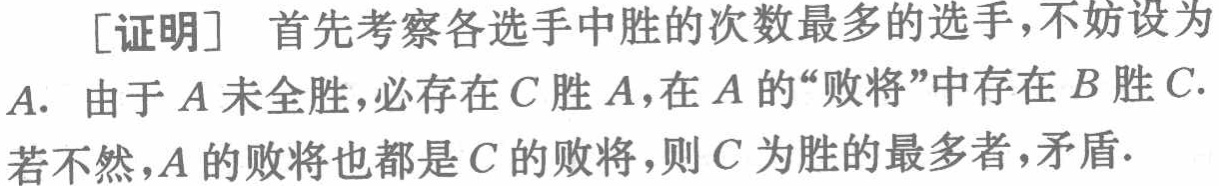
[证明] 首先考察各选手中胜的次数最多的选手,不妨设为

\(A\). 由于\(A\)未全胜,必存在\(C\)胜\(A\),在\(A\)的“败将”中存在\(B\)胜\(C\).

若不然,\(A\)的败将也都是\(C\)的败将,则\(C\)为胜的最多者,矛盾.